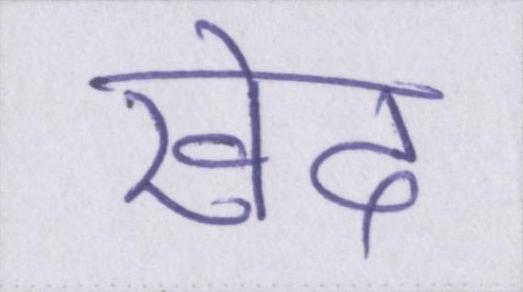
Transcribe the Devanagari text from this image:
खेद